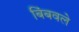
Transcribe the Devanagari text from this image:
बिंबवले